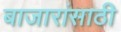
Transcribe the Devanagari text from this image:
बाजारांसाठी